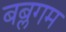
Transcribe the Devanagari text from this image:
बब्लगम